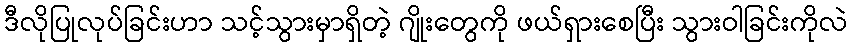
ဒီလိုပြုလုပ်ခြင်းဟာ သင့်သွားမှာရှိတဲ့ ဂျိုးတွေကို ဖယ်ရှားစေပြီး သွားဝါခြင်းကိုလဲ